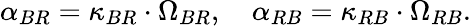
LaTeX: \alpha_{BR}=\kappa_{BR}\cdot\Omega_{BR},\quad\alpha_{RB}=\kappa_{RB}\cdot\Omega_{RB}.